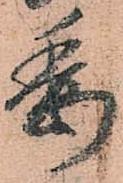
委